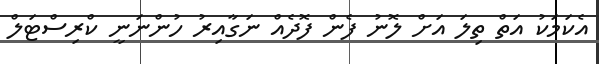
އެކަމަކު އަތް ތިލަ އަށް ލޮނު ފެން ފޮދެއް ނަގާއިރު ހުންނަނީ ކްރިސްޓަލް